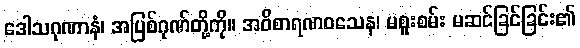
ဒေါသဂုဏာနံ၊ အပြစ်ဂုဏ်တို့ကို။ အဝိစာရဏဝသေန၊ မစူးစမ်း မဆင်ခြင်ခြင်း၏